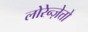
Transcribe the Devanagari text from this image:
लोरेन्ज़ेत्तो